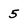
Character: 5